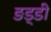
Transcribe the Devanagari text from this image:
ङड्डी